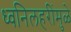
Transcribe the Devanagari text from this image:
ध्वनिलहरींमुळे